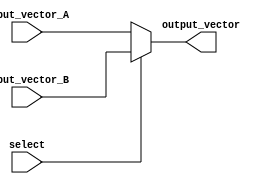
module VectorContinuousAssignment(
    input wire [7:0] input_vector_A, // Example input vector A (8 bits)
    input wire [7:0] input_vector_B, // Example input vector B (8 bits)
    input wire select,                // Select signal to choose between input vectors
    output wire [7:0] output_vector   // Output vector (8 bits)
);

// Continuous assignment of output_vector based on the select signal
assign output_vector = select ? input_vector_B : input_vector_A;

endmodule